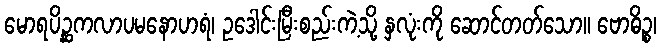
မောရပိဉ္ဆကလာပမနောဟရံ၊ ဥဒေါင်းမြီးစည်းကဲ့သို့ နှလုံးကို ဆောင်တတ်သော။ ဗောဓိဉ္စ၊